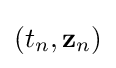
(t_{n},\mathbf {z} _{n})